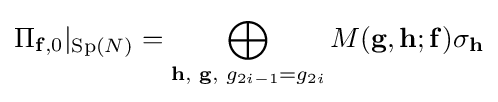
\Pi _{\mathbf {f} ,0}|_{\mathrm {Sp} (N)}=\bigoplus _{\mathbf {h} ,\,\,\mathbf {g} ,\,\,g_{2i-1}=g_{2i}}M(\mathbf {g} ,\mathbf {h} ;\mathbf {f} )\sigma _{\mathbf {h} }